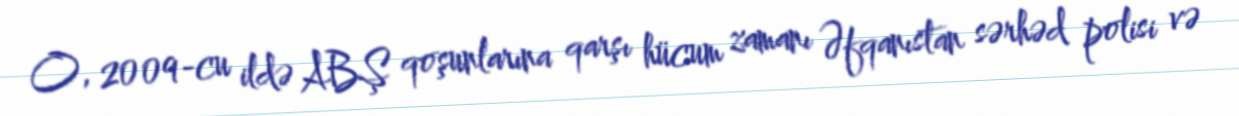
O, 2009-cu ildə ABŞ qoşunlarına qarşı hücum zamanı Əfqanıstan sərhəd polisi və